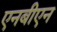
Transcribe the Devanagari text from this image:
एनबीएन